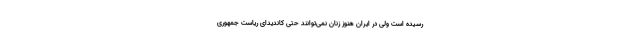
رسیده است ولی در ایران هنوز زنان نمی‌توانند حتی کاندیدای ریاست جمهوری